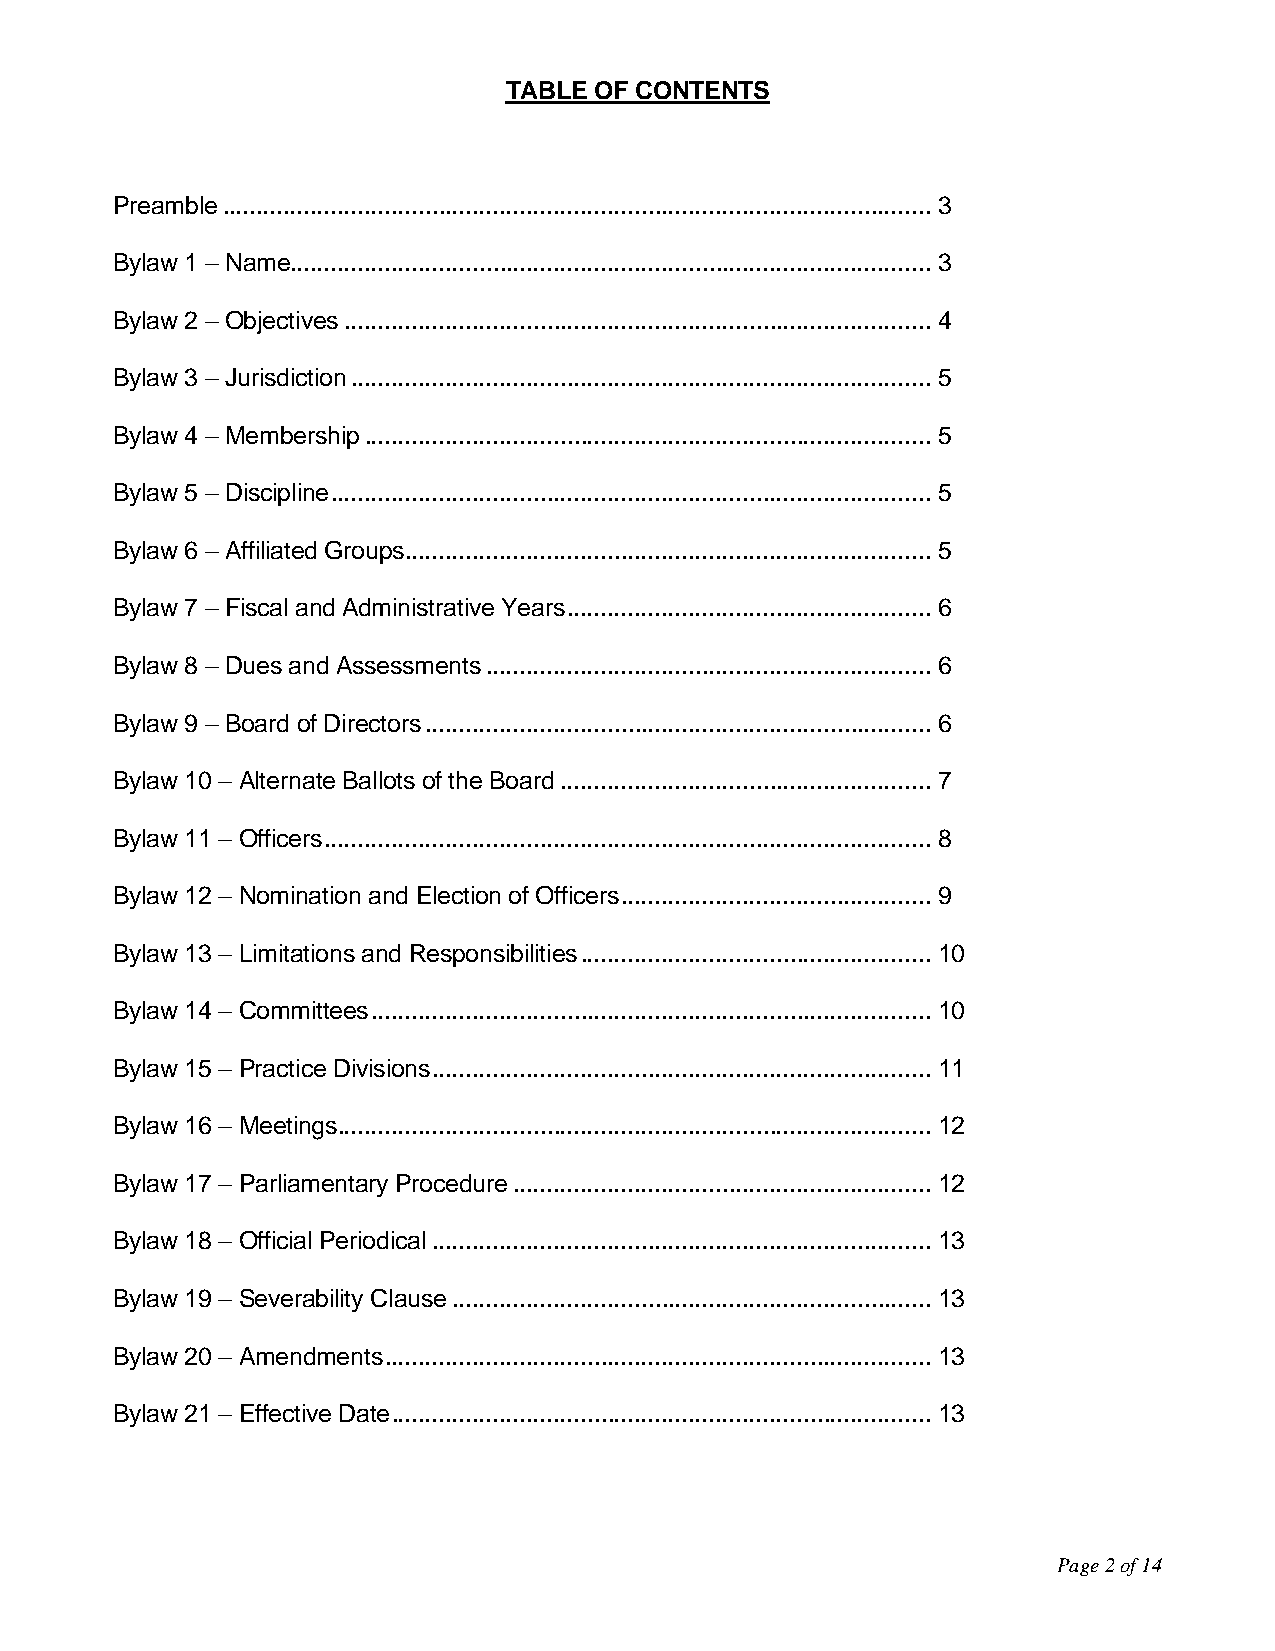
TABLE OF CONTENTS
 Preamble ......................................................................................................... 3
 Bylaw 1 – Name............................................................................................... 3
 Bylaw 2 – Objectives ....................................................................................... 4
 Bylaw 3 – Jurisdiction ...................................................................................... 5
 Bylaw 4 – Membership .................................................................................... 5
 Bylaw 5 – Discipline ......................................................................................... 5
 Bylaw 6 – Affiliated Groups .............................................................................. 5
 Bylaw 7 – Fiscal and Administrative Years ...................................................... 6
 Bylaw 8 – Dues and Assessments .................................................................. 6
 Bylaw 9 – Board of Directors ........................................................................... 6
 Bylaw 10 – Alternate Ballots of the Board ....................................................... 7
 Bylaw 11 – Officers .......................................................................................... 8
 Bylaw 12 – Nomination and Election of Officers .............................................. 9
 Bylaw 13 – Limitations and Responsibilities .................................................... 10
 Bylaw 14 – Committees ................................................................................... 10
 Bylaw 15 – Practice Divisions .......................................................................... 11
 Bylaw 16 – Meetings ........................................................................................ 12
 Bylaw 17 – Parliamentary Procedure .............................................................. 12
 Bylaw 18 – Official Periodical .......................................................................... 13
 Bylaw 19 – Severability Clause ....................................................................... 13
 Bylaw 20 – Amendments ................................................................................. 13
 Bylaw 21 – Effective Date ................................................................................ 13
 Page 2 of 14